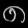
Digit: ၈